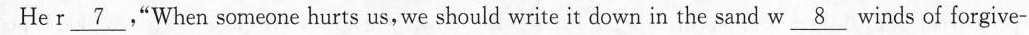
He r \underline{7} ,"When someone hurts us, we should write it down in the sand w \underline{8} winds of forgive-